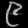
Digit: ၉